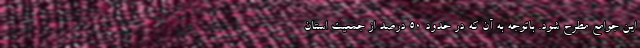
این جوامع مطرح شود. باتوجه به آن که در حدود ۵۰ درصد از جمعیت استان